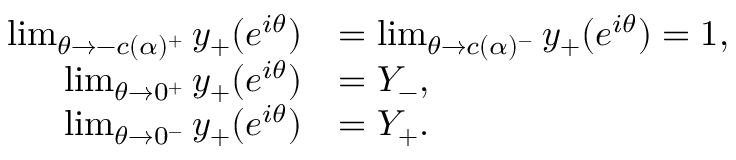
\begin{array} { r l } { \operatorname* { l i m } _ { \theta \rightarrow - c ( \alpha ) ^ { + } } y _ { + } ( e ^ { i \theta } ) } & { = \operatorname* { l i m } _ { \theta \rightarrow c ( \alpha ) ^ { - } } y _ { + } ( e ^ { i \theta } ) = 1 , } \\ { \operatorname* { l i m } _ { \theta \rightarrow 0 ^ { + } } y _ { + } ( e ^ { i \theta } ) } & { = Y _ { - } , } \\ { \operatorname* { l i m } _ { \theta \rightarrow 0 ^ { - } } y _ { + } ( e ^ { i \theta } ) } & { = Y _ { + } . } \end{array}